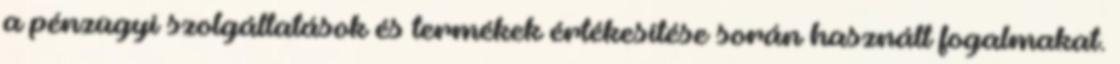
a pénzügyi szolgáltatások és termékek értékesítése során használt fogalmakat.